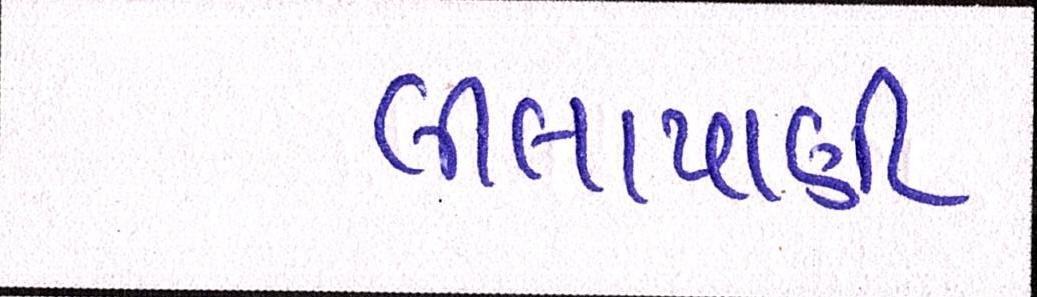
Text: લીલાપાણી